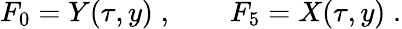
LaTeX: F_{0}=Y(\tau,y)\; ,\qquad F_{5}=X(\tau,y)\; .